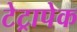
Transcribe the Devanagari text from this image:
टेट्रापेक